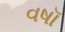
વષૉ